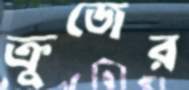
ক্রুজের